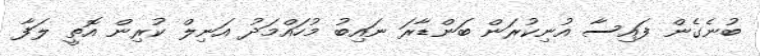
ބުނެގެން ފައިސާ އުނިކުރަން ބަންޑާރަ ނައިބު މުހައްމަދު އަނިލް ކުރިން އޮތީ ލަފާ